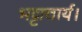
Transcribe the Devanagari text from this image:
भट्टाचार्य।